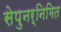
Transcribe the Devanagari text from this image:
सेपुनर्निमित